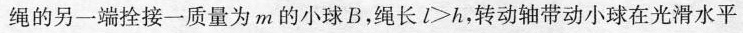
3.如图所示，转动轴垂直于光滑水平面，交点O的上方h处固定细绳的一端，细绳的另一端拴接一质量为m的小球B，绳长$$l > h$$，转动轴带动小球在光滑水平